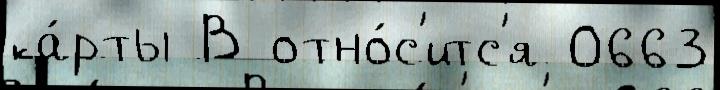
ка́рты В отно́с'итс'я 0663